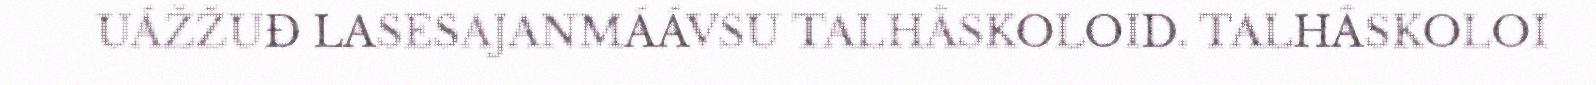
UÁŽŽUĐ LASESAJANMÁÁVSU TALHÂSKOLOID. TALHÂSKOLOI